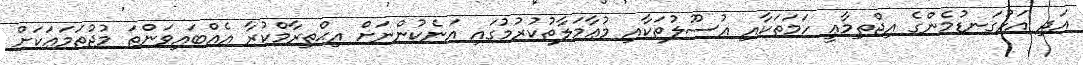
އަދި އަޅުގަނޑުމެންގެ އިޖްތިމާޢީ ހަމަތަކާއި އުސޫލުތަކާއި މުޢާމަލާތުކުރުމުގައި އަނެކުންނަށް އިޙްތިރާމްކުރާ އެއްބައިވަންތަ މުޖުތަމަޢަކަށް